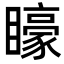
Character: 𭿭